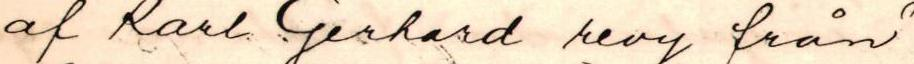
af Karl Gerhard revy från